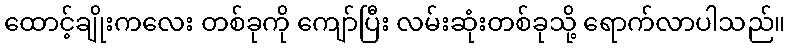
ထောင့်ချိုးကလေး တစ်ခုကို ကျော်ပြီး လမ်းဆုံးတစ်ခုသို့ ရောက်လာပါသည်။